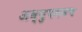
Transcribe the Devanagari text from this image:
अभ्युपगमच